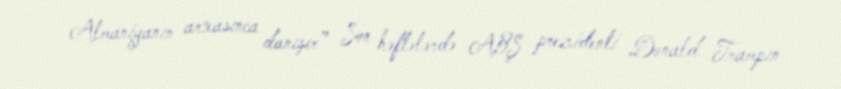
Almaniyanın arxasınca danışır” Son həftələrdə ABŞ prezidenti Donald Trampın